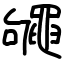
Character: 䵶